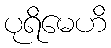
ပုရိမေဟိ